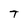
Character: T